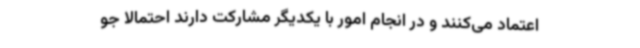
اعتماد می‌کنند و در انجام امور با یکدیگر مشارکت دارند احتمالاً جو